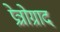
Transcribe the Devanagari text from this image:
प्रेत्रोग्राद